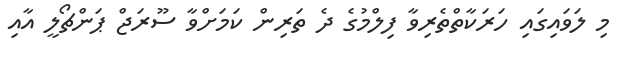
މި ލަވައިގައި ހަރަކާތްތެރިވާ ފިލްމުގެ ދެ ތަރިން ކަމަށްވާ ސޫރަޖް ޕަންޗޯލީ އާއި